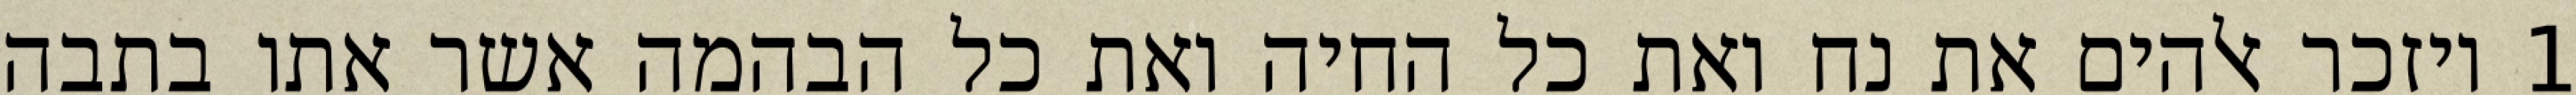
1 ויזכר אלהים את נח ואת כל החיה ואת כל הבהמה אשר אתו בתבה